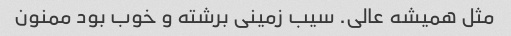
مثل همیشه عالی. سیب زمینی برشته و خوب بود ممنون